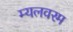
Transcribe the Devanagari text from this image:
म्यलवरम